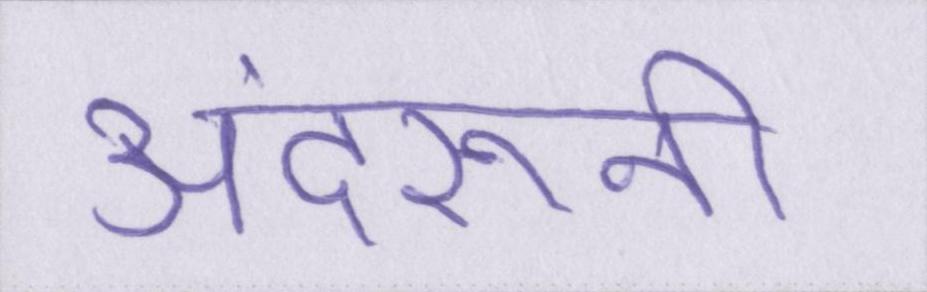
अंदरूनी